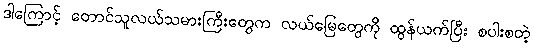
ဒါကြောင့် တောင်သူလယ်သမားကြီးတွေက လယ်မြေတွေကို ထွန်ယက်ပြီး စပါးစတဲ့